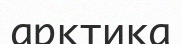
арктика